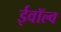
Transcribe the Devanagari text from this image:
ईवॉल्व